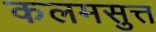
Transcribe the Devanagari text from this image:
कलमसुत्त